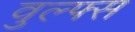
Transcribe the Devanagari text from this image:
वुल्फ्स